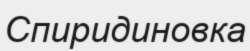
Спиридиновка